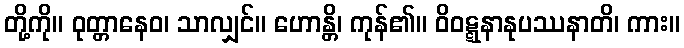
တို့ကို။ ဝုတ္တာနေဝ၊ သာလျှင်။ ဟောန္တိ၊ ကုန်၏။ ဝိဝဋ္ဋနာနုပဿနာတိ၊ ကား။